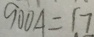
9 0 0 A = 1 7